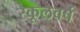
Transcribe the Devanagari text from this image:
स्कूलवर्ष